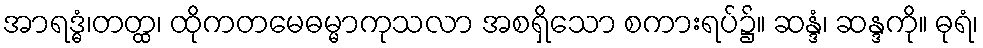
အာရဒ္ဓံ၊တတ္ထ၊ ထိုကတမေဓမ္မာကုသလာ အစရှိသော စကားရပ်၌။ ဆန္ဒံ၊ ဆန္ဒကို။ ဓုရံ၊